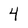
Character: 4